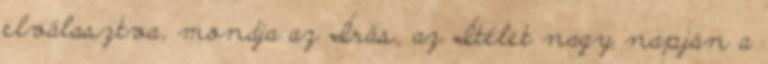
elválasztva, mondja az Írás, az Ítélet nagy napján a